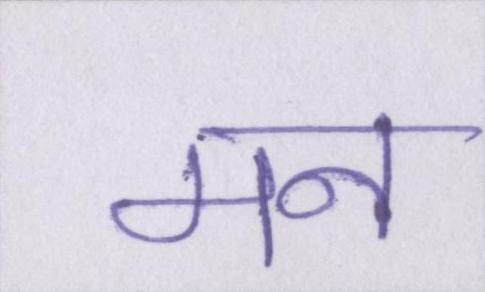
मन